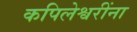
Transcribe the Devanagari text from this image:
कपिलेश्वरींना